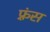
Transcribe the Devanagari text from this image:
फ़्रंस